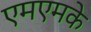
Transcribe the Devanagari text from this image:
एमएमके